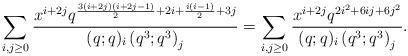
LaTeX: \begin{align*}\sum\limits_{i,j\geq 0}\dfrac{x^{i+2j}q^{\frac{3(i+2j)(i+2j-1)}{2}+2i+\frac{i(i-1)}{2}+3j}}{(q;q)_i\left(q^3;q^3\right)_j}=\sum\limits_{i,j\geq 0}\dfrac{x^{i+2j}q^{2i^2+6ij+6j^2}}{(q;q)_i\left(q^3;q^3\right)_j}.\end{align*}